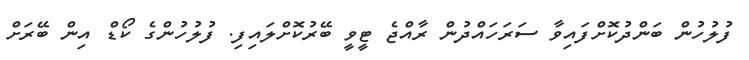
ފުލުހުން ބަންދުކޮށްފައިވާ ސަރަހައްދުން ރާއްޖެ ޓީވީ ބޭރުކޮށްލައިފި. ފުލުހުންގެ ކޯޑް އިން ބޭރަށް